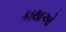
કાથાઓ